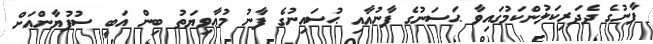
ފާނުގެ ދެދަރިކަލުންކަމުގައިވާ ޙަސަނުގެ ފާނުއާއި ޙުސައިނުގެ ފާނު މުޢާވިޔަތު ބިން އަބީ ސުފުޔާންއަށް